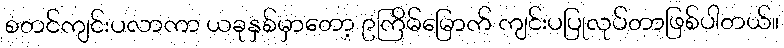
စတင်ကျင်းပလာကာ ယခုနှစ်မှာတော့ ၉ကြိမ်မြောက် ကျင်းပပြုလုပ်တာဖြစ်ပါတယ်။